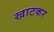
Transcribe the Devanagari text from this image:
खाटकर